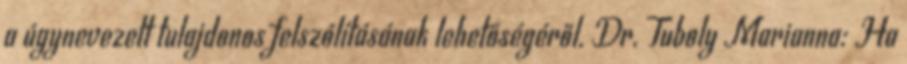
a úgynevezett tulajdonos felszólításának lehetőségéről. Dr. Tuboly Marianna: Ha